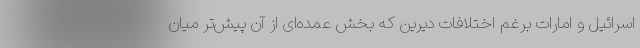
اسرائیل و امارات برغم اختلافات دیرین که بخش عمده‌ای از آن پیش‌تر میان